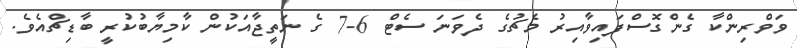
ވަވްރިންކާ ގެންގޮސްފައިވާއިރު މެޗުގެ ދެވަނަ ސެޓް 6-7 ގެ ނަތީޖާއަކުން ކާމިޔާބުކުރީ ބާޑިޗްއެވެ.